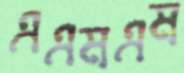
এএমএম